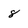
Character: 8